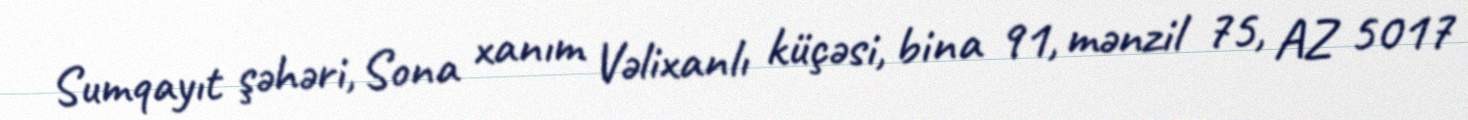
Sumqayıt şəhəri, Sona xanım Vəlixanlı küçəsi, bina 91, mənzil 75, AZ 5017